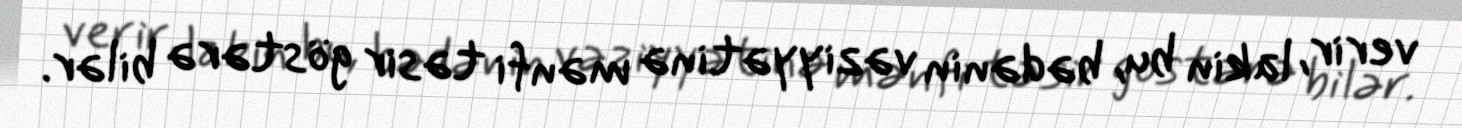
verir, lakin bu, bədənin vəziyyətinə mənfi təsir göstərə bilər.